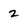
Character: 2